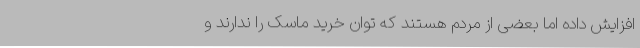
افزایش داده اما بعضی از مردم هستند که توان خرید ماسک را ندارند و